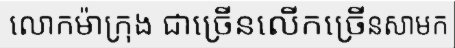
លោកម៉ាក្រុង ជាច្រើនលើកច្រើនសាមក